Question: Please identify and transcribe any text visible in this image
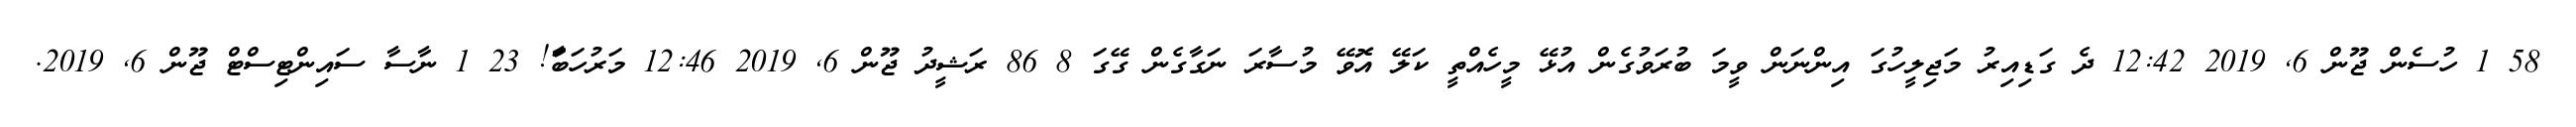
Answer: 58 1 ހުސެން ޖޫން 6, 2019 12:42 ދެ ގަޑިއިރު މަޖިލީހުގަ އިންނަން ވީމަ ބުރަވުގެން އުޅޭ މީހެއްތީ ކަލޭ އޮވޭ މުސާރަ ނަގާގެން ގޭގަ 8 86 ރަޝީދު ޖޫން 6, 2019 12:46 މަރުހަބާަ! 23 1 ނާސާ ސައިންޓިސްޓް ޖޫން 6, 2019.